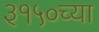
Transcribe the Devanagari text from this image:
३१५०च्या